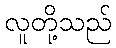
လူတို့သည်